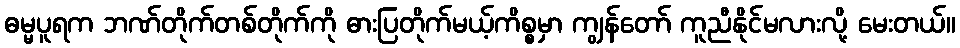
ဓမ္မပူရက ဘဏ်တိုက်တစ်တိုက်ကို ဓားပြတိုက်မယ့်ကိစ္စမှာ ကျွန်တော် ကူညီနိုင်မလားလို့ မေးတယ်။